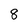
Character: 8